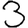
Digit: 3